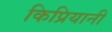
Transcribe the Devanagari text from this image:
किप्रियानी